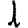
Digit: 1